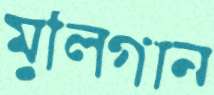
মুলিগান